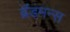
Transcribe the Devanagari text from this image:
ब्रॅडमन्स